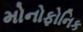
મોનોફોનિક